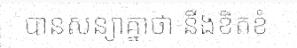
បានសន្យាគ្នាថា នឹងខិតខំ